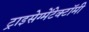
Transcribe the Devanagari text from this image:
ट्राइसेग्मेंटेक्टॉमी